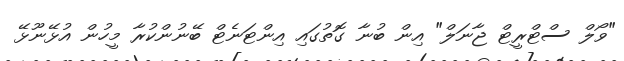
"ވޯލް ސްޓްރީޓް ޖާނަލް" އިން ބުނާ ގޮތުގައި އިންޓަނެޓް ބޭނުންކުރާ މީހުން އުޅޭނޫޅޭ